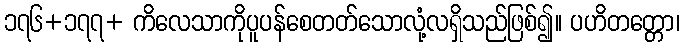
၁၇၆+၁၇၇+ ကိလေသာကိုပူပန်စေတတ်သောလုံ့လရှိသည်ဖြစ်၍။ ပဟိတတ္တော၊